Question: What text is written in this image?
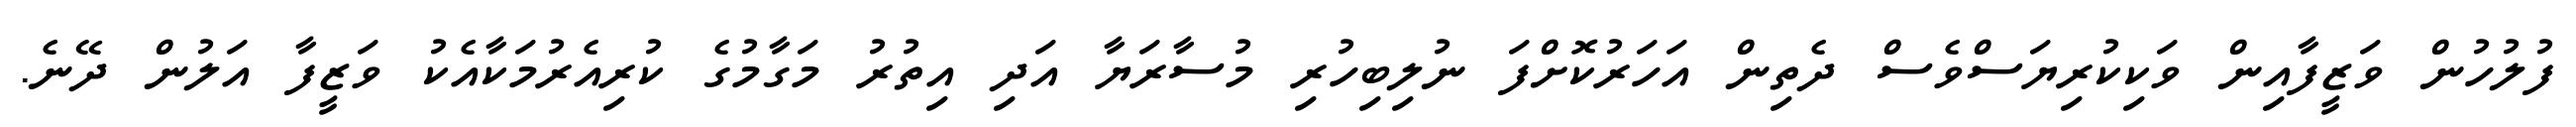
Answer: ފުލުހުން ވަޒީފާއިން ވަކިކުރިޔަސްވެސް ދެތިން އަހަރުކޮށްފަ ނުލިބިހުރި މުސާރަޔާ އަދި އިތުރު މަގާމުގެ ކުރިއެރުމަކާއެކު ވަޒީފާ އަލުން ދޭނެ.